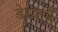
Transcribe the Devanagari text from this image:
डेटफर्ड